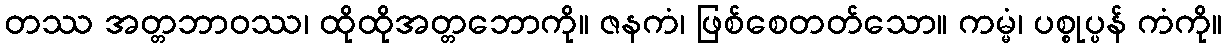
တဿ အတ္တဘာဝဿ၊ ထိုထိုအတ္တဘောကို။ ဇနကံ၊ ဖြစ်စေတတ်သော။ ကမ္မံ၊ ပစ္စုပ္ပန် ကံကို။